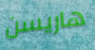
هاريسن